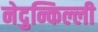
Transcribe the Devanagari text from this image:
नेदुन्किल्ली